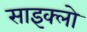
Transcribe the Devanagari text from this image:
साइक्लो